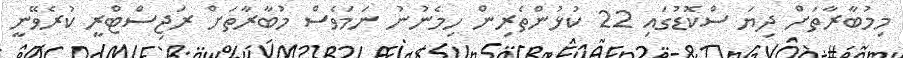
މިމުބާރާތަށް ދިޔަ ސްކޮޑުގައި 22 ކުޅުންތެރިން ހިމެނުނު ނަމަވެސް މުބާރާތަށް ރަޖިސްޓްރީ ކުރެވޭނީ